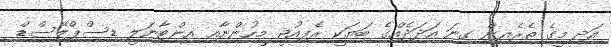
އަދި މީގެ ތެރެއިން ގިނަ އަދަދެއްގެ ބަޔަކީ ރެފިއުޖީ މީހުންނާއި އިންޓާނަލީ ޑިސްޕްލޭސްޑް